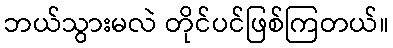
ဘယ်သွားမလဲ တိုင်ပင်ဖြစ်ကြတယ်။